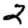
Digit: 2